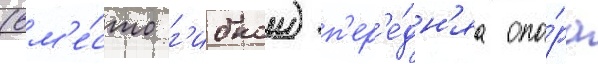
(вм'е́сто г'ибкои) п'ер'е́дн'яа опо́ра